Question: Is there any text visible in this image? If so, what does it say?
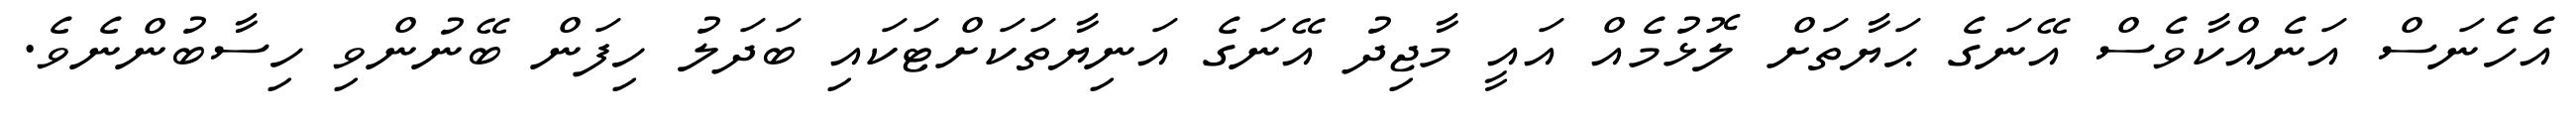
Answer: އެހެނަސް އަނެއްކާވެސް އޭނަގެ ޙަޔާތަށް ލޮޅުމެއް އައީ މާޖިދު އޭނަގެ އަނިޔާތަކަށްޓަކައި ބަދަލު ހިފަން ބޭނުންވި ހިސާބުންނެވެ.